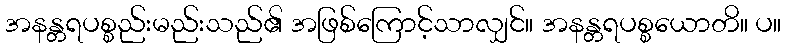
အနန္တရပစ္စည်းမည်းသည်၏ အဖြစ်ကြောင့်သာလျှင်။ အနန္တရပစ္စယောတိ။ ပ။